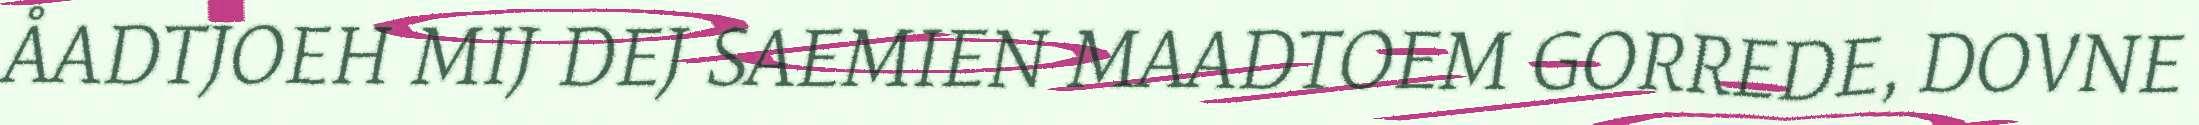
ÅADTJOEH MIJ DEJ SAEMIEN MAADTOEM GORREDE, DOVNE